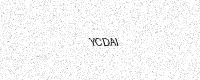
Text: YCDAI